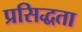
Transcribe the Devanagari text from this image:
प्रसिद्धता